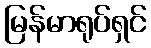
မြန်မာရုပ်ရှင်